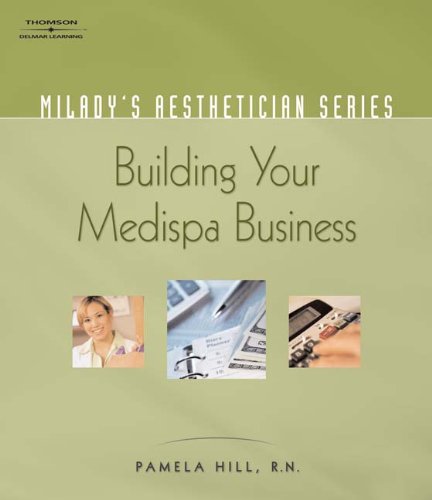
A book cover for Milady's Aesthetician Series: Building Your MediSpa Business; Pamela Hill; Health, Fitness & Dieting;